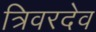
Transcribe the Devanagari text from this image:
त्रिवरदेव